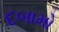
દબામો